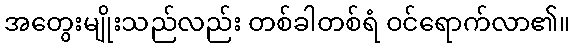
အတွေးမျိုးသည်လည်း တစ်ခါတစ်ရံ ဝင်ရောက်လာ၏။